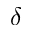
\delta